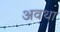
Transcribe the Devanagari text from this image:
अवथा